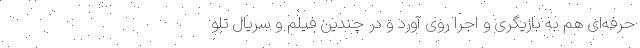
حرفه‌ای هم به بازیگری و اجرا روی آورد و در چندین فیلم و سریال تلو